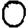
Digit: 0